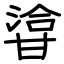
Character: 㽏